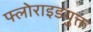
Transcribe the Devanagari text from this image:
फ्लोराइडयुक्त